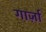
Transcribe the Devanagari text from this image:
गार्ज़ा